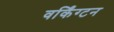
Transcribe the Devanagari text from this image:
वर्किंग्टन